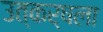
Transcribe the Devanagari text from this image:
उत्कर्षला